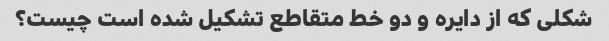
شکلی که از دایره و دو خط متقاطع تشکیل شده است چیست؟